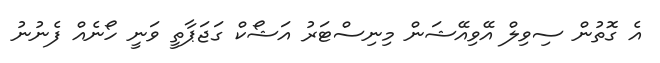
އެ ގޮތުން ސިވިލް އޭވިއޭޝަން މިނިސްޓަރު އަޝޯކް ގަޖަޕާތީ ވަނީ ހޯނެއް ފެނުނު